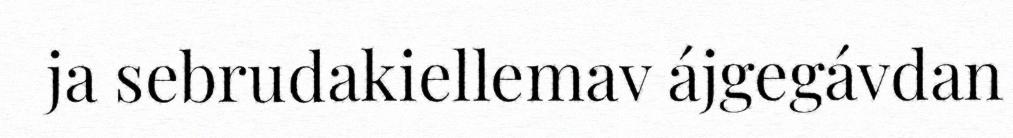
ja sebrudakiellemav ájgegávdan